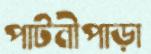
পাটনীপাড়া